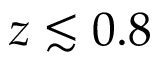
z \lesssim 0 . 8